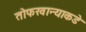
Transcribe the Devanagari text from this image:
तोफखान्याकडे